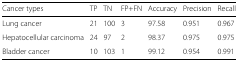
| Cancer types | TP | TN | FP+FN | Accuracy | Precision | Recall |
 | --- | --- | --- | --- | --- | --- | --- |
 | Lung cancer | 21 | 100 | 3 | 97.58 | 0.951 | 0.967 |
 | Hepatocellular carcinoma | 24 | 97 | 2 | 98.37 | 0.975 | 0.975 |
 | Bladder cancer | 10 | 103 | 1 | 99.12 | 0.954 | 0.991 |